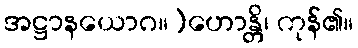
အဋ္ဌာနယောဂ။)ဟောန္တိ၊ ကုန်၏။